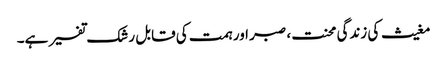
مغیث کی زندگی محنت، صبر اور ہمت کی قابل رشک تفسیر ہے۔